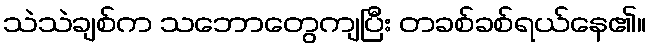
သဲသဲချစ်က သဘောတွေကျပြီး တခစ်ခစ်ရယ်နေ၏။